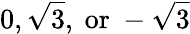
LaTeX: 0,{\sqrt{3}},{\mathrm{~or~}}-{\sqrt{3}}